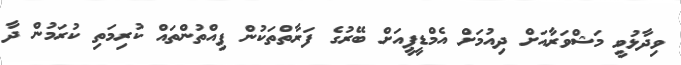
ވިދާޅުވީ މަޝްވަރާއަށް ދިއުމަށް އެމްޑީޕީއަށް ބޭރުގެ ފަރާތްތަކުން ފިއްތުންތައް ކުރިމަތި ކުރަމުން ދާ